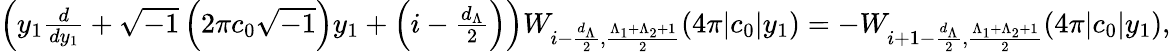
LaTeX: \begin{array}{r}{\left(y_{1}\frac{d}{dy_{1}}+\sqrt{-1}\left(2\pi c_{0}\sqrt{-1}\right)y_{1}+\left(i-\frac{d_{\Lambda}}{2}\right)\right)W_{i-\frac{d_{\Lambda}}{2},\frac{\Lambda_{1}+\Lambda_{2}+1}{2}}(4\pi|c_{0}|y_{1})=-W_{i+1-\frac{d_{\Lambda}}{2},\frac{\Lambda_{1}+\Lambda_{2}+1}{2}}(4\pi|c_{0}|y_{1}),}\end{array}